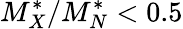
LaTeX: M_{X}^{*}/M_{N}^{*}<0.5